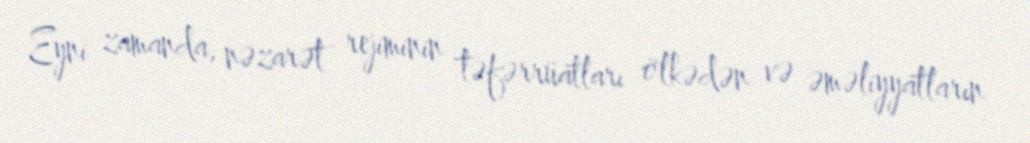
Eyni zamanda, nəzarət rejiminin təfərrüatları ölkədən və əməliyyatların